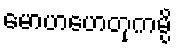
မောဟဟေတုကမ္ပိ